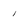
Character: 1